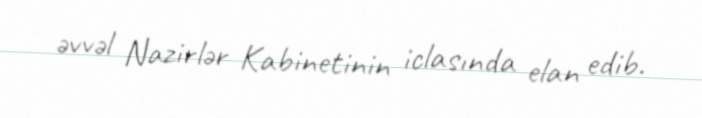
əvvəl Nazirlər Kabinetinin iclasında elan edib.